Rangoon Lunatic Asylum 1878-1892 - 1878-1892
Year: 1878
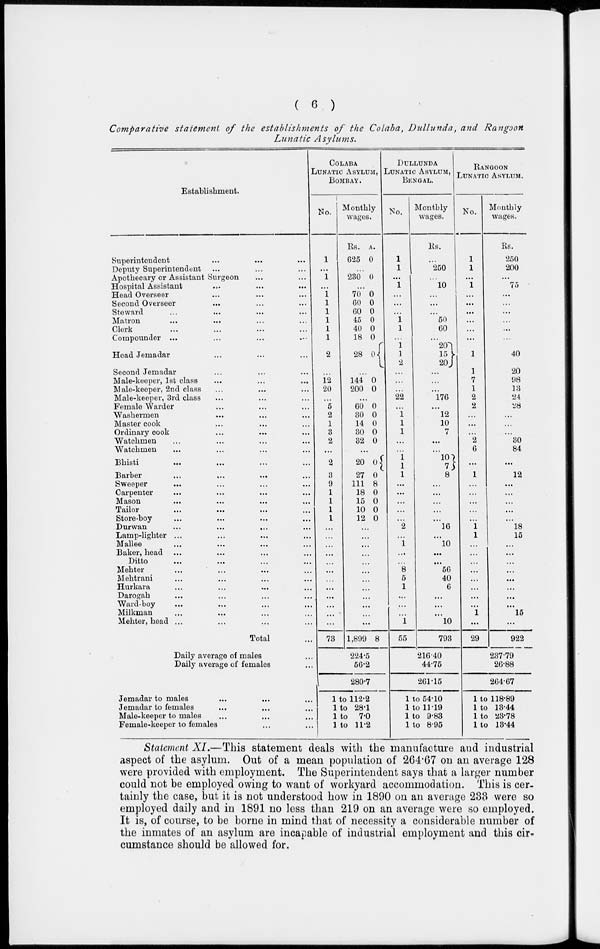
( 6 )
Comparative statement of the establishments of the Colaba, Dullunda, and Rangoon
Lunatic Asylums.
Establishment.
Superintendent ... ... ...
Deputy Superintendent ... ... ...
Apothecary or Assistant Surgeon ... ...
Hospital Assistant ... ... ...
Head Overseer ... ... ...
Second Overseer ... ... ...
Steward ... ... ... ...
Matron ... ... ... ...
Clerk ... ... ... ...
Compounder ... ... ... ...
Head Jemadar ... ... ...
Second Jemadar ... ... ...
Male-keeper, 1st class ... ... ...
Male-keeper, 2nd class ... ... ...
Male-keeper, 3rd class ... ... ...
Female Warder ... ... ...
Washermen ... ... ...
Master cook ... ... ...
Ordinary cook ... ... ...
Watchmen ... ... ... ...
Watchmen ... ... ... ...
Bhisti ... ... ... ...
Barber ... ... ... ...
Sweeper ... ... ... ...
Carpenter ... ... ... ...
Mason ... ... ... ...
Tailor ... ... ... ...
Store-boy ... ... ... ...
Durwan ... ... ... ...
Lamp-lighter ... ... ... ...
Mallee ... ... ... ...
Baker, head ... ... ... ...
Ditto ... ... ... ...
Mehter ... ... ...
...
Mehtrani ... ... ... ...
Hurkara ... ... ... ...
Darogah ... ... ... ...
Ward-boy ... ... ... ...
Milkman ... ... ... ...
Mehter, head ... ... ... ...
Total ...
Daily average of males ...
Daily average of females ...
Jemadar to males ... ... ...
Jemadar to females ... ... ...
Male-keeper to males ... ... ...
Female-keeper to females ... ...
COLABA
LUNATIC ASYLUM,
BOMBAY.
No.
1
...
1
...
1
1
1
1
1
1
2
...
12
20
...
5
2
1
3
2
...
2
3
9
1
1
1
1
...
...
...
...
...
...
...
...
...
...
...
...
73
Montly
wages.
Rs.
625
A.
0
...
230 0
...
70
60
60
45
40
18
28
...
144
200
0
0
0
0
0
0 0
...
0
0
...
60
30
14
30
32
0
0
0
0
0
...
20
27
111
18
15
10
12
0
0
8
0
0
0
0
...
...
...
...
...
...
...
...
...
...
...
...
1,899 8
224.5
56.2
280.7
1 to 112.2
1 to 28.1
1 to
7.0
1 to 11.2
DULLUNDA
LUNATIC ASYLUM,
BENGAL.
No.
1
1
...
1
...
...
...
1
1
...
1
1
2
...
...
...
22
...
1
1
1
...
...
1
1
1
...
...
...
...
...
2
...
1
...
...
8
5
1
...
...
...
1
55
Monthly
wages.
Rs.
...
250
...
10
...
...
...
50
60
...
20
15
20
...
...
...
176
...
12
10
7
...
...
10
7
8
...
...
...
...
...
16
...
10
...
...
56
40
6
...
...
...
10
793
216.40
44.75
261.15
1 to 54.10
1 to 11.19
1 to 9.83
1 to 8.95
RANGOON
LUNATIC ASYLUM.
No.
1
1
...
1
...
...
...
...
...
...
1
1
7
1
2
2
...
...
...
2
6
...
1
...
...
...
...
...
1
1
...
...
...
...
...
...
...
...
1
...
29
Monthly
wages.
Rs.
250
200
...
75
...
...
...
...
...
...
40
20
98
13
24
28
...
...
...
30
84
...
12
...
...
...
...
...
18
15
...
...
...
...
...
...
...
...
15
...
922
237.79
26.88
264.67
1 to 118.89
1 to 13.44
1 to 23.78
1 to 13.44
Statement XI.—This statement deals with the manufacture and industrial
aspect of the asylum. Out of a mean population of 264.67 on an average 128
were provided with employment. The Superintendent says that a larger number
could not be employed owing to want of workyard accommodation. This is cer-
tainly the case, but it is not understood how in 1890 on an average 233 were so
employed daily and in 1891 no less than 219 on an average were so employed.
It is, of course, to be borne in mind that of necessity a considerable number of
the inmates of an asylum are incapable of industrial employment and this cir-
cumstance should be allowed for.